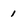
Character: 1